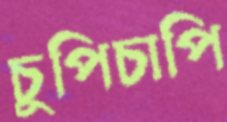
চুপিচাপি